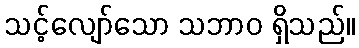
သင့်လျော်သော သဘာဝ ရှိသည်။